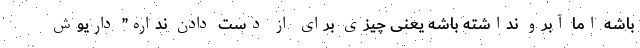
باشه اما آبرو نداشته باشه یعنی چیزی برای از دست دادن نداره” داریوش